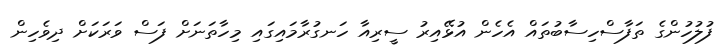
ފުލުހުންގެ ތަފާސްހިސާބުތައް އެހެން އުޅޭއިރު ސީރިއާ ހަނގުރާމައިގައި މިހާތަނަށް ފަސް ވަރަކަށް ދިވެހިން